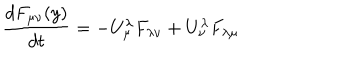
LaTeX: { \frac { d F _ { \mu \nu } ( y ) } { d t } } = - U _ { \mu } ^ { \lambda } F _ { \lambda \nu } + U _ { \nu } ^ { \lambda } F _ { \lambda \mu }